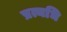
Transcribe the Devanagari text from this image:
प्रत्यधि